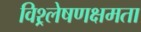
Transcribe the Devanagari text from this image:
विश्र्लेषणक्षमता